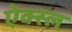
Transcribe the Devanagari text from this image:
ऐक्स्ल